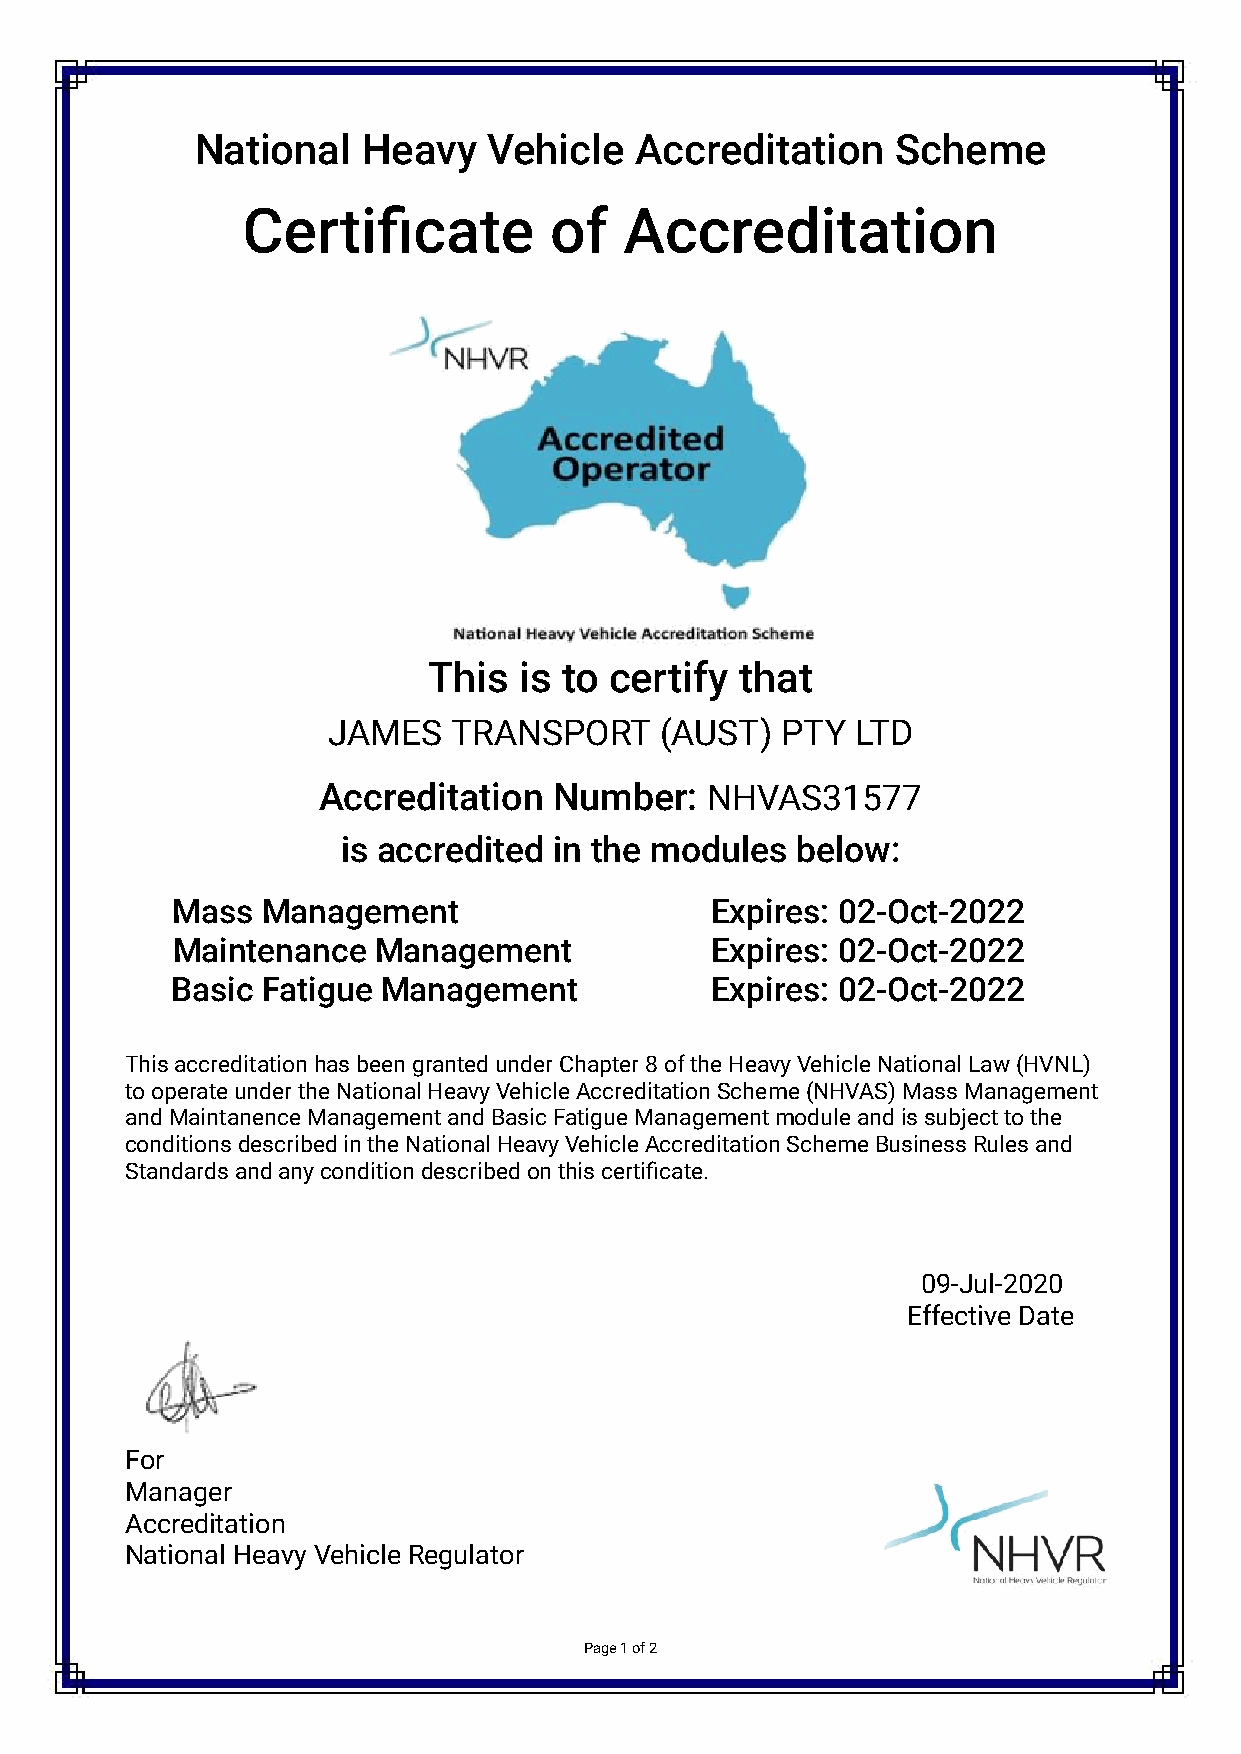
National   Heavy   Vehicle   Accreditation    Scheme
 Certificate         of   Accreditation
 This  is to certify  that
 JAMES   TRANSPORT     (AUST)  PTY  LTD
 Accreditation   Number:   NHVAS31577
 is accredited in the modules  below:
 Mass  Management                    Expires: 02-Oct-2022
 Maintenance   Management            Expires: 02-Oct-2022
 Basic Fatigue Management            Expires: 02-Oct-2022
 This accreditation has been granted under Chapter 8 of the Heavy Vehicle National Law (HVNL)
 to operate under the National Heavy Vehicle Accreditation Scheme (NHVAS) Mass Management
 and Maintanence Management and Basic Fatigue Management module and is subject to the
 conditions described in the National Heavy Vehicle Accreditation Scheme Business Rules and
 Standards and any condition described on this certificate.
 09-Jul-2020
 Effective Date
 For
 Manager
 Accreditation
 National Heavy Vehicle Regulator
 Page 1 of 2